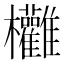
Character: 𣡻